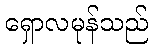
ရှောလမုန်သည်